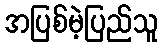
အပြစ်မဲ့ပြည်သူ